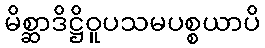
မိစ္ဆာဒိဋ္ဌိဝူပသမပစ္စယာပိ